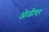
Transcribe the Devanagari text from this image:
ओळीवर